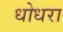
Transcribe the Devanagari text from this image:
धोधरा